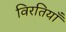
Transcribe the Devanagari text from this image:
विरतियाँ